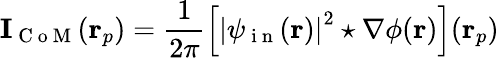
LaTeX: \mathbf{I}_{\mathrm{~C~o~M~}}(\mathbf{r}_{p})=\frac{1}{2\pi}\left[\left|\psi_{\mathrm{~i~n~}}(\mathbf{r})\right|^{2}\star\nabla\phi(\mathbf{r})\right](\mathbf{r}_{p})